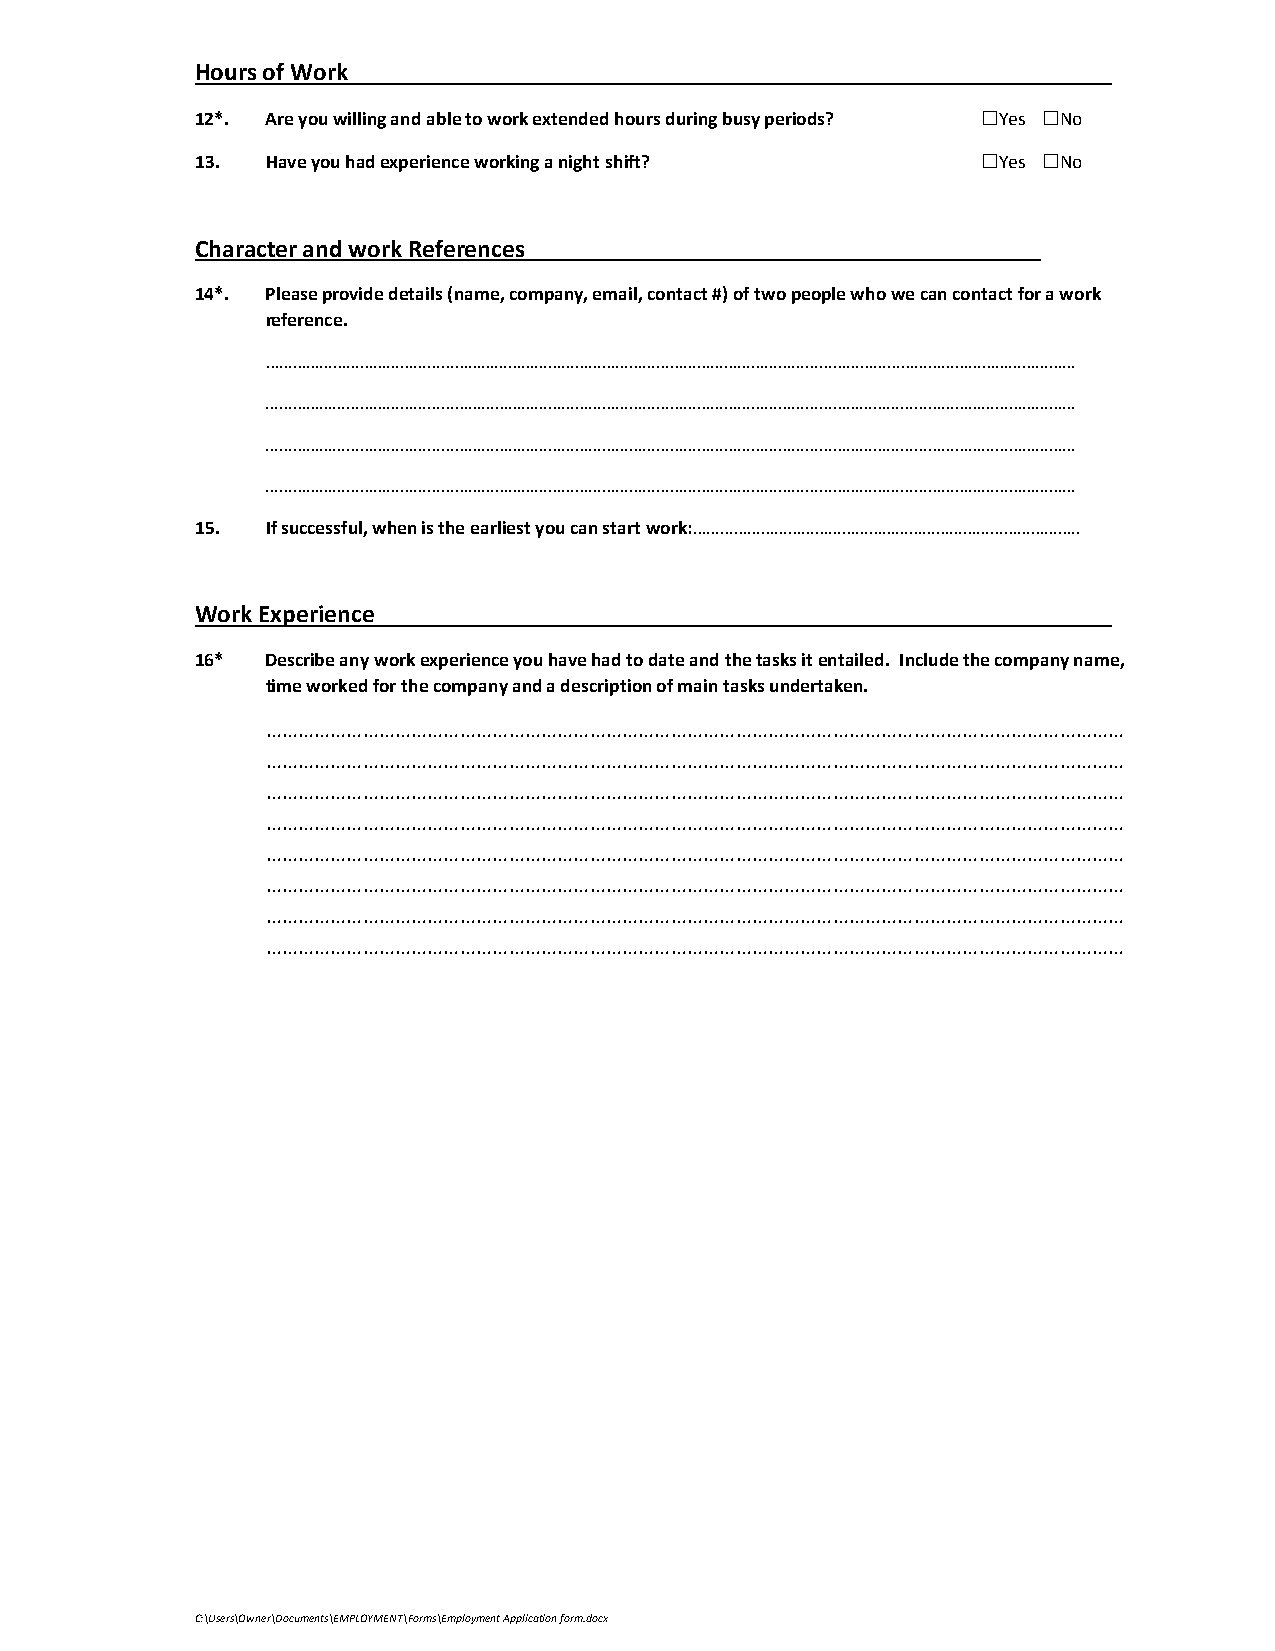
Hours of Work
 12*. Are you willing and able to work extended hours during busy periods? ☐Yes ☐No
 13.  Have you had experience working a night shift? ☐Yes ☐No
 Character and work References
 14*. Please provide details (name, company, email, contact #) of two people who we can contact for a work
 reference.
 ………………………………………………………………………………………………………………………………………………………………
 ………………………………………………………………………………………………………………………………………………………………
 ………………………………………………………………………………………………………………………………………………………………
 ………………………………………………………………………………………………………………………………………………………………
 15.  If successful, when is the earliest you can start work:…………………………………………………………………………..
 Work Experience
 16*  Describe any work experience you have had to date and the tasks it entailed. Include the company name,
 time worked for the company and a description of main tasks undertaken.
 ……………………………………………………………………………………………………………………………………………
 ……………………………………………………………………………………………………………………………………………
 ……………………………………………………………………………………………………………………………………………
 ……………………………………………………………………………………………………………………………………………
 ……………………………………………………………………………………………………………………………………………
 ……………………………………………………………………………………………………………………………………………
 ……………………………………………………………………………………………………………………………………………
 ……………………………………………………………………………………………………………………………………………
 C:\Users\Owner\Documents\EMPLOYMENT\Forms\Employment Application form.docx